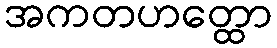
အကတဟတ္ထော